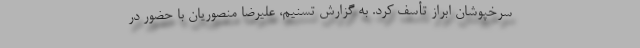
سرخپوشان ابراز تأسف کرد. به گزارش تسنیم، علیرضا منصوریان با حضور در